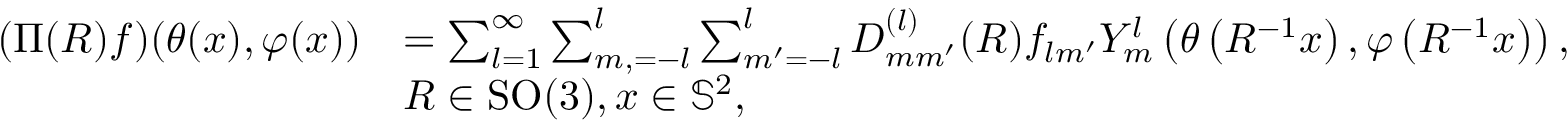
{ \begin{array} { r l } { ( \Pi ( R ) f ) ( \theta ( x ) , \varphi ( x ) ) } & { = \sum _ { l = 1 } ^ { \infty } \sum _ { m , = - l } ^ { l } \sum _ { m ^ { \prime } = - l } ^ { l } D _ { m m ^ { \prime } } ^ { ( l ) } ( R ) f _ { l m ^ { \prime } } Y _ { m } ^ { l } \left( \theta \left( R ^ { - 1 } x \right) , \varphi \left( R ^ { - 1 } x \right) \right) , } \\ & { R \in \mathrm { S O } ( 3 ) , x \in \mathbb { S } ^ { 2 } , } \end{array} }